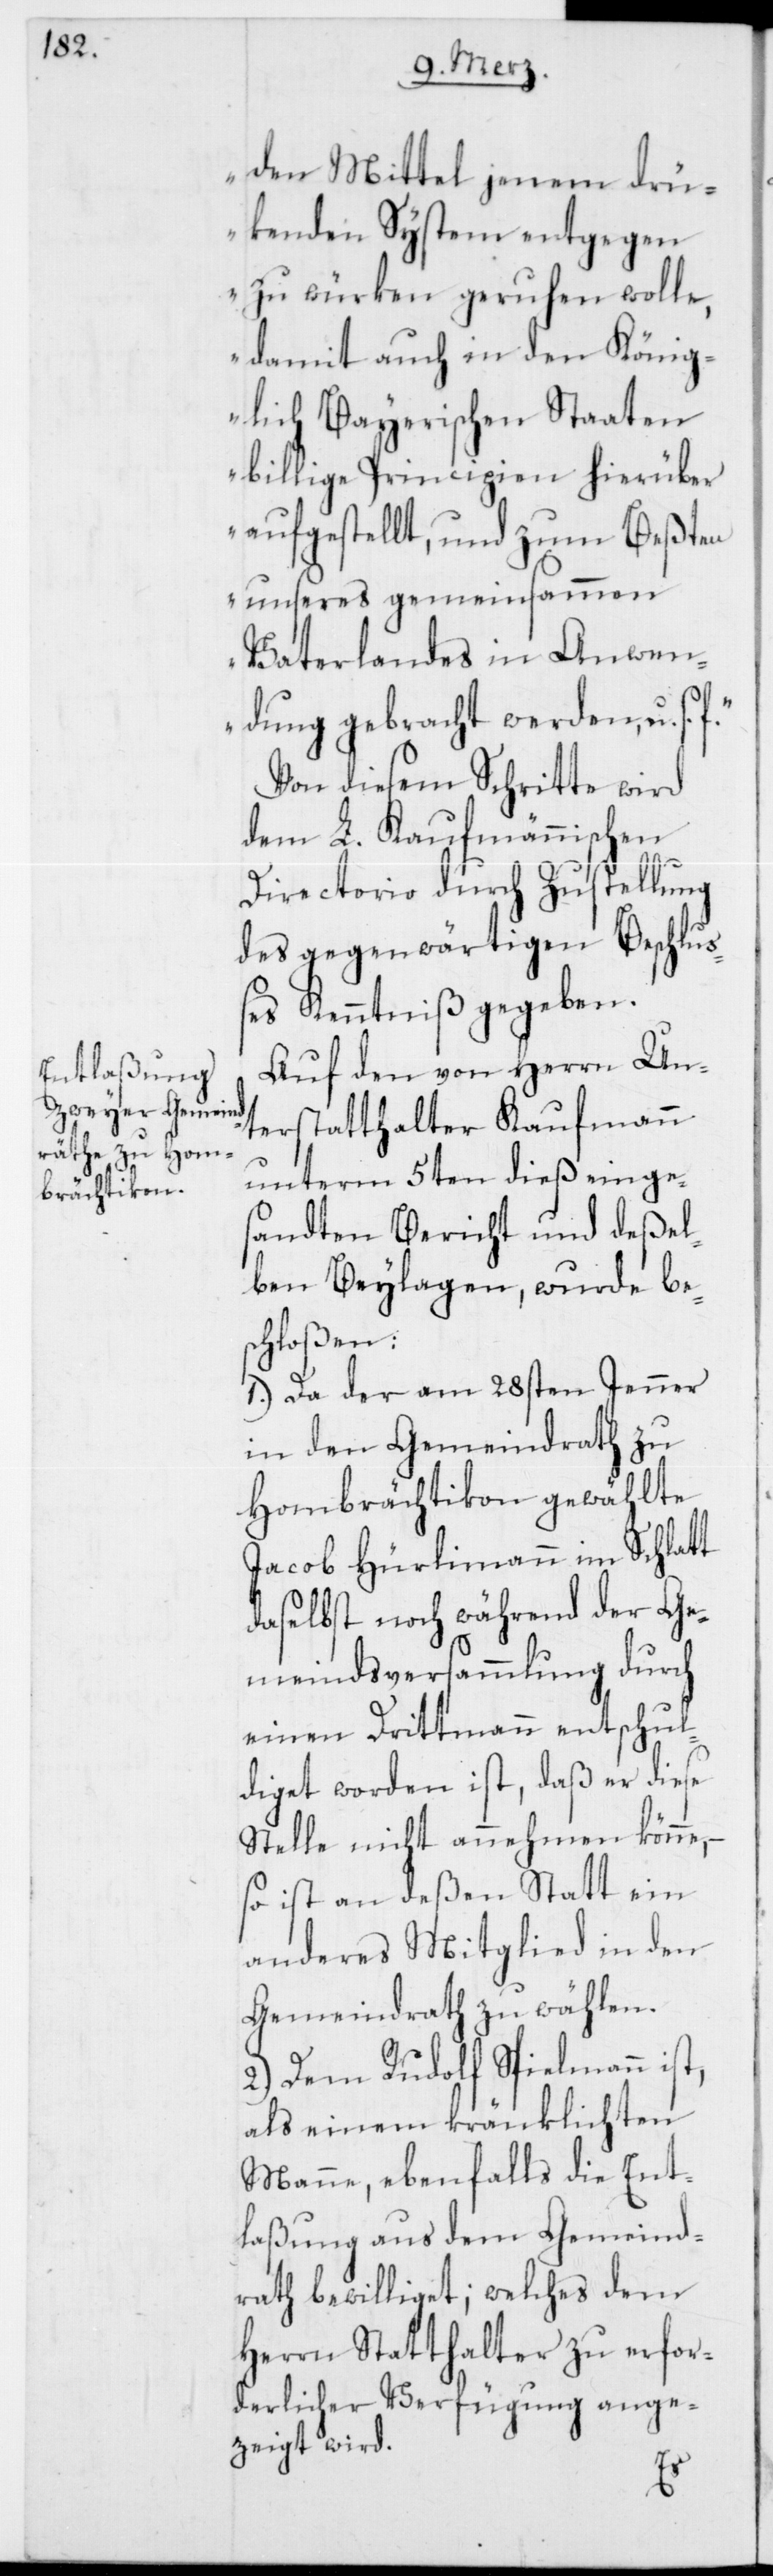
den Mittel jenem drü¬
kenden System entgegen
zu würken geruhen wolle,
damit auch in den König¬
lich Bayerischen Staaten
billige Principien hierüber
aufgestellt, und zum Beßten
unseres gemeinsammen
Vaterlandes in Anwen¬
dung gebracht werden, u. s.
Von diesem Schritte wird
dem L. Kaufmännischen
Directorio durch Zustellung
des gegenwärtigen Beschlu¬
ßes Kenntniß gegeben.
Auf den von Herrn Un¬
terstatthalter Kaufmann
unterm 5ten dieß einges¬
andten Bericht und deßel¬
ben Beylagen, wurde bes¬
chloßen:
1.) Da der am 28sten Jenner
in den Gemeindrath zu
Hombrächtikon gewählte
Jacob Hürlimann im Schlatt
daselbst noch während der Ge¬
meindsversammlung durch
einen Drittmann entschul¬
diget worden ist, daß er diese
Stelle nicht annehmen könne,
so ist an deßen Statt ein
anderes Mitglied in den
Gemeindrath zu wählen.
2.) Dem Rudolf Spielmann ist,
als einem kränklichten
Manne, ebenfalls die Ent¬
laßung aus dem Gemeind¬
rath bewilliget; welches dem
Herrn Statthalter zu erfor¬
derlicher Verfügung ange¬
zeigt wird.